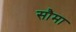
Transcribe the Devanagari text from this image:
सौमा